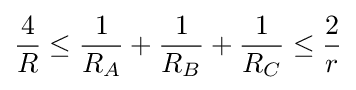
{\frac {4}{R}}\leq {\frac {1}{R_{A}}}+{\frac {1}{R_{B}}}+{\frac {1}{R_{C}}}\leq {\frac {2}{r}}